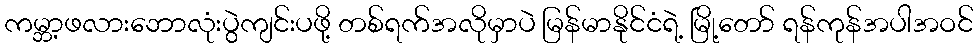
ကမ္ဘာ့ဖလားဘောလုံးပွဲကျင်းပဖို့ တစ်ရက်အလိုမှာပဲ မြန်မာနိုင်ငံရဲ့ မြို့တော် ရန်ကုန်အပါအဝင်